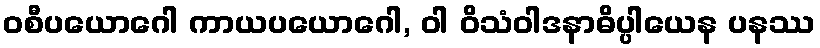
ဝစီပယောဂေါ ကာယပယောဂေါ, ဝါ ဝိသံဝါဒနာဓိပ္ပါယေန ပနဿ